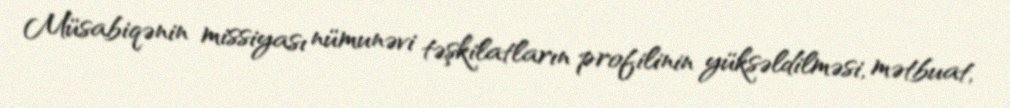
Müsabiqənin missiyası nümunəvi təşkilatların profilinin yüksəldilməsi, mətbuat,